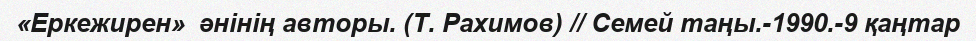
«Еркежирен»  әнінің авторы. (Т. Рахимов) // Семей таңы.-1990.-9 қаңтар